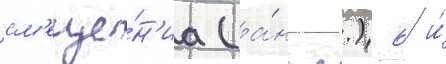
см'еще́н'иа (а́нгл.) 6 и́